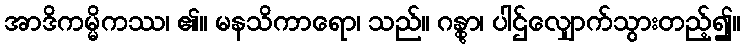
အာဒိကမ္မိကဿ၊ ၏။ မနသိကာရော၊ သည်။ ဂန္တွာ၊ ပါဌ်လျှောက်သွားတည့်၍။